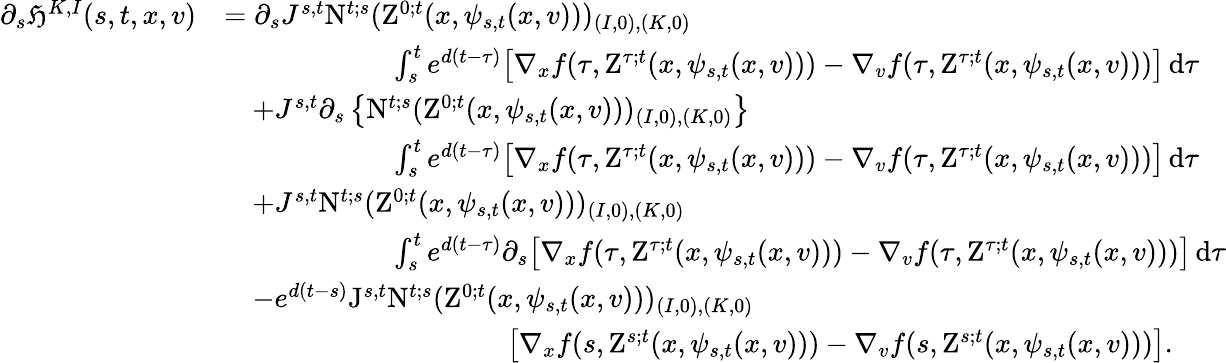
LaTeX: \begin{array}{rl}{\partial_{s}\mathfrak{H}^{K,I}(s,t,x,v)}&{=\partial_{s}J^{s,t}\mathrm{N}^{t;s}(\mathrm{Z}^{0;t}(x,\psi_{s,t}(x,v)))_{(I,0),(K,0)}}\\ &{\qquad\qquad\qquad\int_{s}^{t}e^{d(t-\tau)}\big[\nabla_{x}f(\tau,\mathrm{Z}^{\tau;t}(x,\psi_{s,t}(x,v)))-\nabla_{v}f(\tau,\mathrm{Z}^{\tau;t}(x,\psi_{s,t}(x,v)))\big]\, \mathrm{d}\tau}\\ &{\quad+J^{s,t}\partial_{s}\left\lbrace\mathrm{N}^{t;s}(\mathrm{Z}^{0;t}(x,\psi_{s,t}(x,v)))_{(I,0),(K,0)}\right\rbrace}\\ &{\qquad\qquad\qquad\int_{s}^{t}e^{d(t-\tau)}\big[\nabla_{x}f(\tau,\mathrm{Z}^{\tau;t}(x,\psi_{s,t}(x,v)))-\nabla_{v}f(\tau,\mathrm{Z}^{\tau;t}(x,\psi_{s,t}(x,v)))\big]\, \mathrm{d}\tau}\\ &{\quad+J^{s,t}\mathrm{N}^{t;s}(\mathrm{Z}^{0;t}(x,\psi_{s,t}(x,v)))_{(I,0),(K,0)}}\\ &{\qquad\qquad\qquad\int_{s}^{t}e^{d(t-\tau)}\partial_{s}\big[\nabla_{x}f(\tau,\mathrm{Z}^{\tau;t}(x,\psi_{s,t}(x,v)))-\nabla_{v}f(\tau,\mathrm{Z}^{\tau;t}(x,\psi_{s,t}(x,v)))\big]\, \mathrm{d}\tau}\\ &{\quad-e^{d(t-s)}\mathrm{J}^{s,t}\mathrm{N}^{t;s}(\mathrm{Z}^{0;t}(x,\psi_{s,t}(x,v)))_{(I,0),(K,0)}}\\ &{\qquad\qquad\qquad\qquad\qquad\big[\nabla_{x}f(s,\mathrm{Z}^{s;t}(x,\psi_{s,t}(x,v)))-\nabla_{v}f(s,\mathrm{Z}^{s;t}(x,\psi_{s,t}(x,v)))\big].}\end{array}